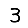
Digit: 3